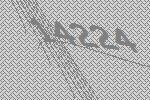
14224